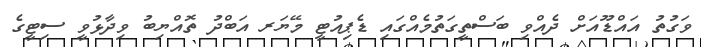
ވަގުތު އައްޑޫއަށް ދެއްވި ބަސްތީގަތުމެއްގައި ޑެޕިއުޓީ މޭޔަރ އަބްދު ތޮއްޔިބު ވިދާޅުވީ ސިޓީގެ